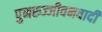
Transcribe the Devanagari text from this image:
पुनरुज्जीवनवादी